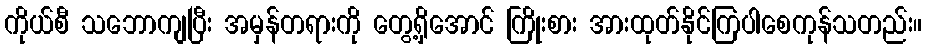
ကိုယ်စီ သဘောကျပြီး အမှန်တရားကို တွေ့ရှိအောင် ကြိုးစား အားထုတ်နိုင်ကြပါစေကုန်သတည်း။